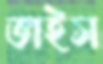
ভাইস